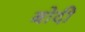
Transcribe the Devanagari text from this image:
बोदी